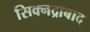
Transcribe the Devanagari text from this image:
सिक्नद्राबाद